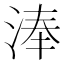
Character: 淎